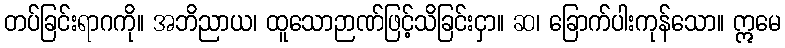
တပ်ခြင်းရာဂကို။ အဘိညာယ၊ ထူသောဉာဏ်ဖြင့်သိခြင်းငှာ။ ဆ၊ ခြောက်ပါးကုန်သော။ ဣမေ